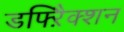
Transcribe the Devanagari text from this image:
डफ्ऱैिक्शन